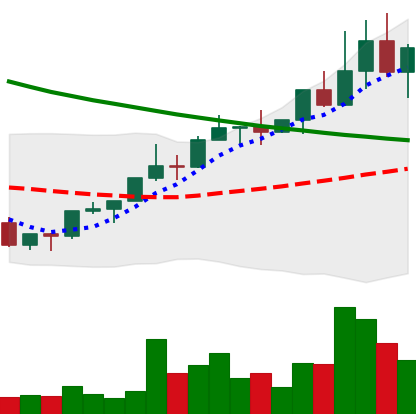
Ticker: NEO-USD
Chart end date: 2022-04-01
Forward return: -19.514%
Label: down_7plus